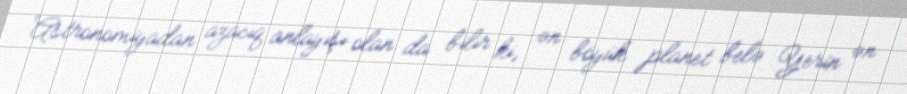
Astronomiyadan azacıq anlayışı olan da bilir ki, ən böyük planet belə Yerin ən